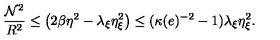
\frac { { \cal N } ^ { 2 } } { R ^ { 2 } } \leq \left( 2 \beta \eta ^ { 2 } - \lambda _ { \xi } \eta _ { \xi } ^ { 2 } \right) \leq ( \kappa ( e ) ^ { - 2 } - 1 ) \lambda _ { \xi } \eta _ { \xi } ^ { 2 } .